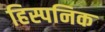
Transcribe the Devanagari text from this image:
हिस्पनिक